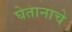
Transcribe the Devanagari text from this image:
घेतानाचे